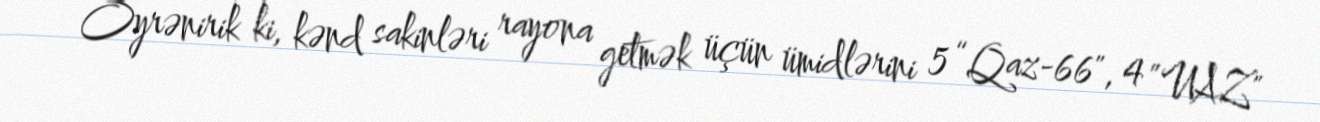
Öyrənirik ki, kənd sakinləri rayona getmək üçün ümidlərini 5 “Qaz-66", 4 ”UAZ"